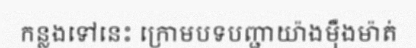
កន្លងទៅនេះ ក្រោមបទបញ្ជាយ៉ាងម៉ឺងម៉ាត់